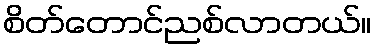
စိတ်တောင်ညစ်လာတယ်။